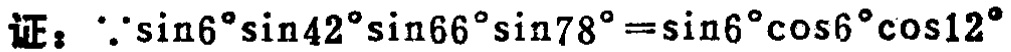
证：$\because\sin6^{\circ}\sin42^{\circ}\sin66^{\circ}\sin78^{\circ}=\sin6^{\circ}\cos6^{\circ}\cos12^{\circ}$